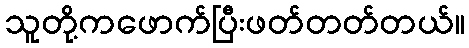
သူတို့ကဖောက်ပြီးဖတ်တတ်တယ်။